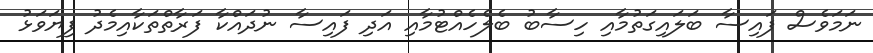
ނަމަވެސް ފައިސާ ބަލައިގަތުމާއި ހިސާބު ބެލެހެއްޓުމާއި އަދި ފައިސާ ނުދައްކާ ފަރާތްތަކާއިމެދު ފިޔަވަޅު